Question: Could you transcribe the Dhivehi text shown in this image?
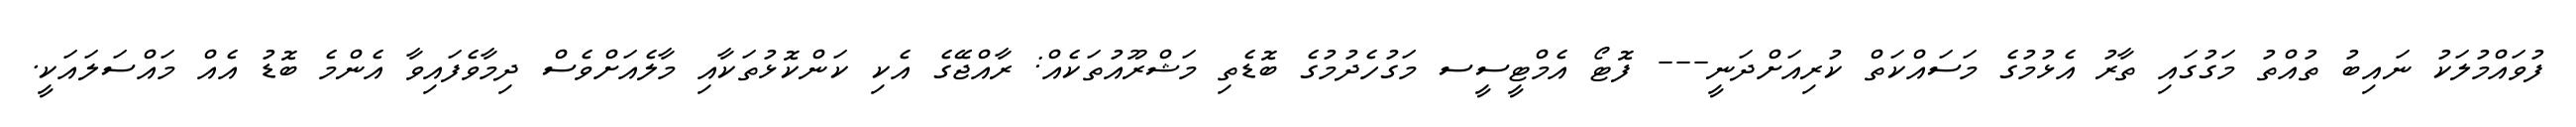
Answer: ފުވައްމުލަކު ނައިބު ތުއްތު މަގުގައި ތާރު އެޅުމުގެ މަސައްކަތް ކުރިއަށްދަނީ--- ފޮޓޯ އެމްޓީސީސ މަގުހެދުމުގެ ބޮޑެތި މަޝްރޫއުތަކެއް: ރާއްޖޭގެ އެކި ކަންކޮޅުތަކާއި މާލެއަށްވެސް ދިމާވެފައިވާ އެންމެ ބޮޑު އެއް މައްސަލައަކީ.